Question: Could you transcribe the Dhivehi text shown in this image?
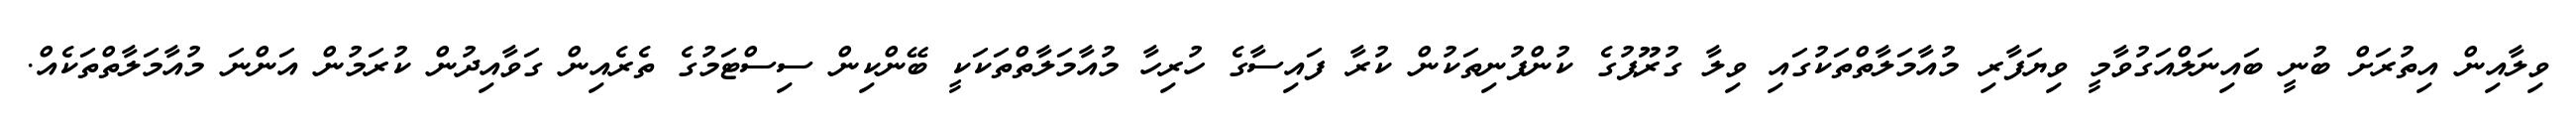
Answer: ވިލާއިން އިތުރަށް ބުނީ ބައިނަލްއަގުވާމީ ވިޔަފާރި މުއާމަލާތްތަކުގައި ވިލާ ގުރޫޕުގެ ކުންފުނިތަކުން ކުރާ ފައިސާގެ ހުރިހާ މުއާމަލާތްތަކަކީ ބޭންކިން ސިސްޓަމުގެ ތެރެއިން ގަވާއިދުން ކުރަމުން އަންނަ މުއާމަލާތްތަކެއް.